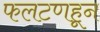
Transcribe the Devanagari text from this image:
फलटणहून